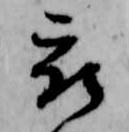
被